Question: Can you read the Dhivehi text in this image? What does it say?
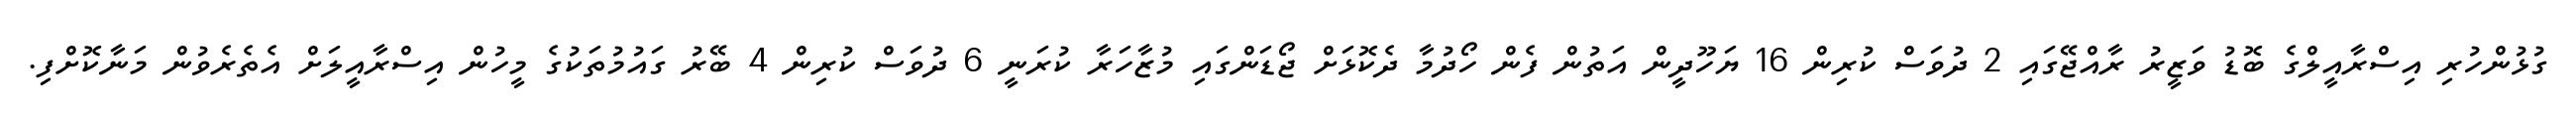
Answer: ގުޅުންހުރި އިސްރާއީލްގެ ބޮޑު ވަޒީރު ރާއްޖޭގައި 2 ދުވަސް ކުރިން 16 ޔަހޫދީން އަތުން ފެން ހޯދުމާ ދެކޮޅަށް ޖޯޑަންގައި މުޒާހަރާ ކުރަނީ 6 ދުވަސް ކުރިން 4 ބޭރު ގައުމުތަކުގެ މީހުން އިސްރާއީލަށް އެތެރެވުން މަނާކޮށްފި.